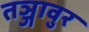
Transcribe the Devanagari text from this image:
तञ्जावुर